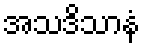
အသဒိသာနံ